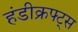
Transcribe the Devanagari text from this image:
हंडीक्रफ्ट्स